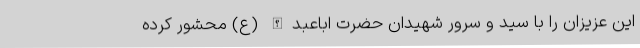
این عزیزان را با سید و سرور شهیدان حضرت اباعبدالله (ع) محشور کرده